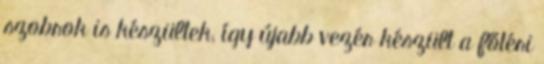
szobrok is készültek, így újabb vezér készült a főtéri